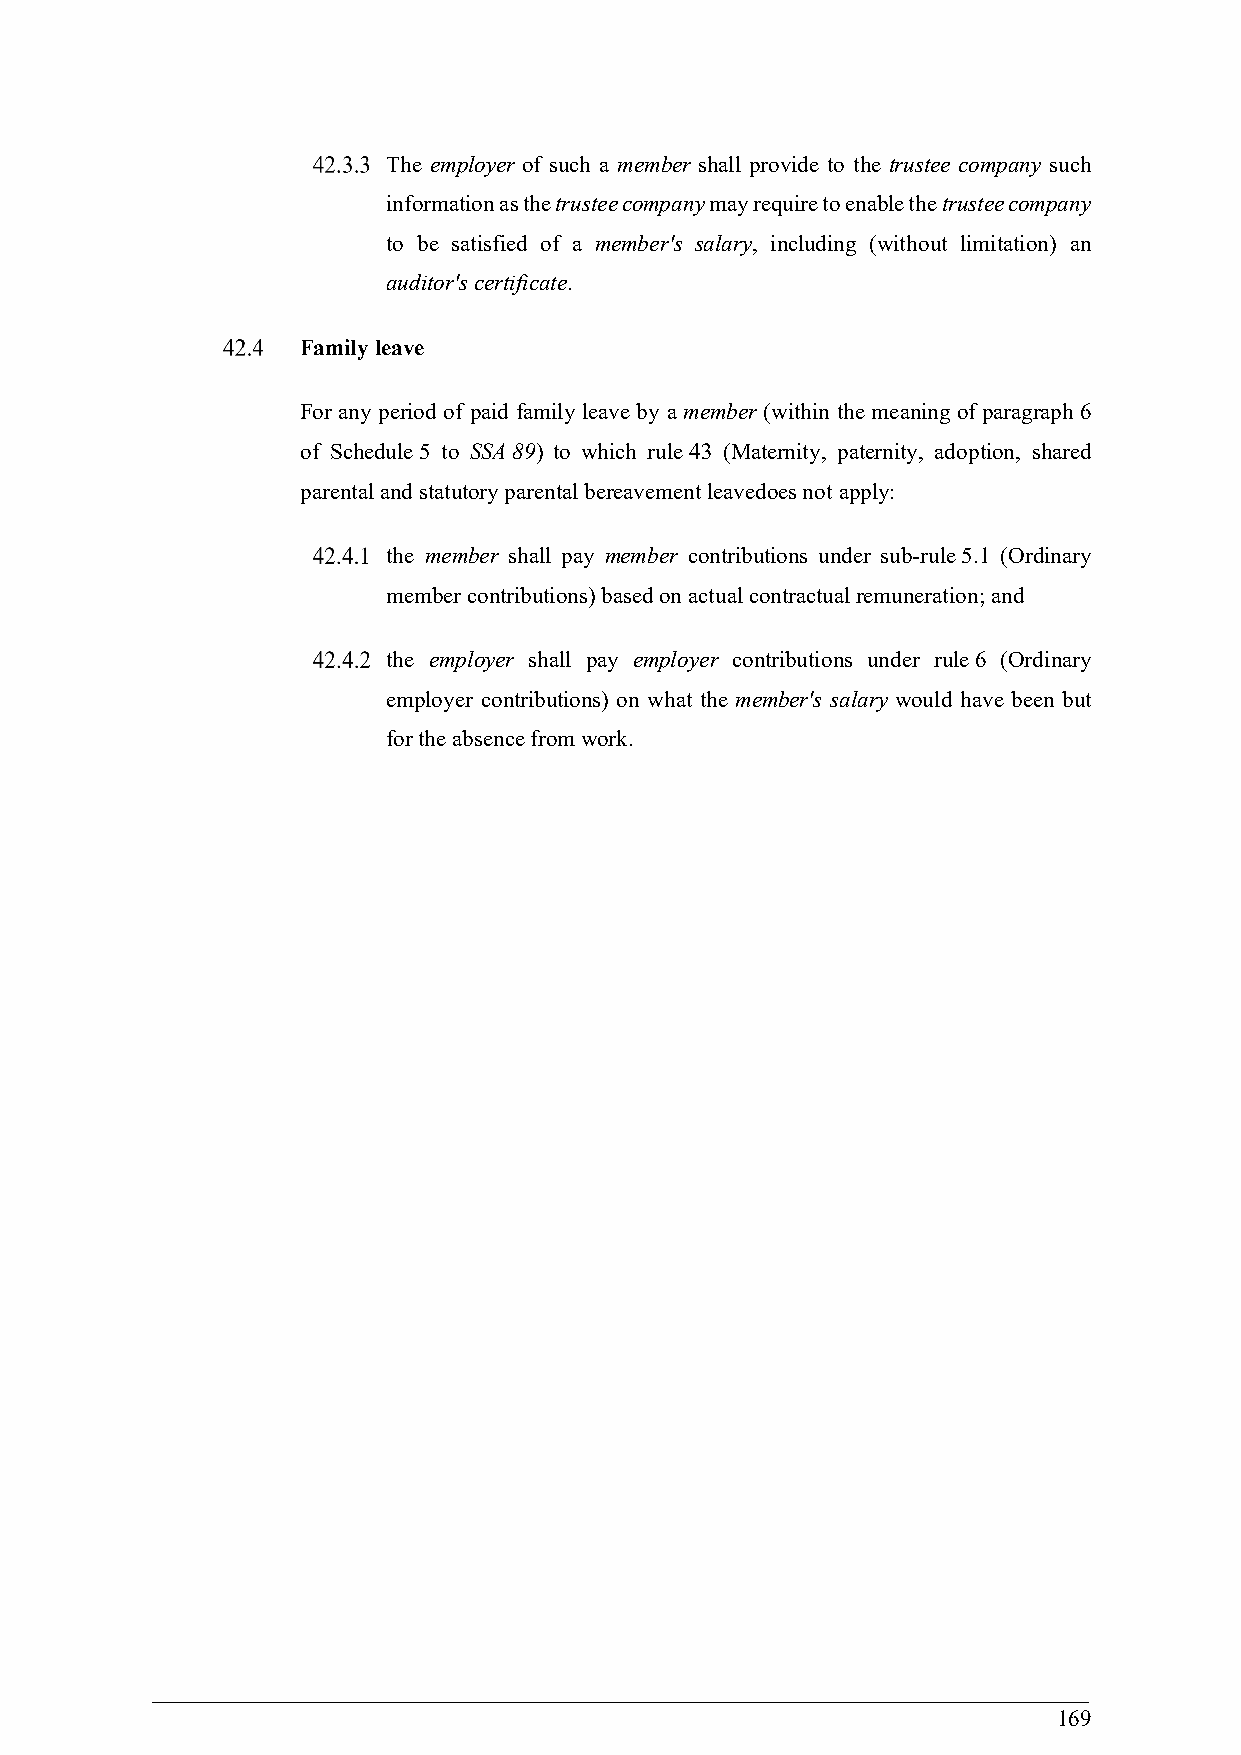
The employer of such a member shall provide to the trustee company such
 information as the trustee company may require to enable the trustee company
 to be satisfied of a member's salary, including (without limitation) an
 auditor's certificate.
 Family leave
 For any period of paid family leave by a member (within the meaning of paragraph 6
 of Schedule 5 to SSA 89) to which rule 43 (Maternity, paternity, adoption, shared
 parental and statutory parental bereavement leavedoes not apply:
 the member shall pay member contributions under sub-rule 5.1 (Ordinary
 member contributions) based on actual contractual remuneration; and
 the employer shall pay employer contributions under rule 6 (Ordinary
 employer contributions) on what the member's salary would have been but
 for the absence from work.
 169